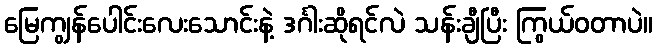
မြေကျွန်ပေါင်းလေးသောင်းနဲ့ ဒင်္ဂါးဆိုရင်လဲ သန်းချီပြီး ကြွယ်ဝတာပဲ။